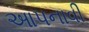
આપનાવી